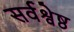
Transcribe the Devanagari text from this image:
सर्वश्वेष्ठ